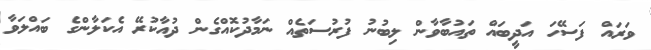
ވަރައް ފަސޭހަ އަދީބައް ތައުބާވާން ލިބުނު ފުރުސަތެއް ނަމާދުކޮއްގެން ދުއާކުރޭ އެކަލާންގެ ބައްލަވާ